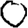
Digit: 0